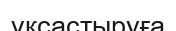
үқсастыруға